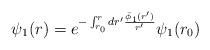
LaTeX: \begin{align*}\psi_1(r) = e^{-\int_{r_0}^r dr' \frac{\bar\phi_1(r')}{r'}}\psi_1(r_0)\end{align*}